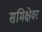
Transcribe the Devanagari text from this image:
समिक्षेवर